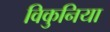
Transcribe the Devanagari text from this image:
विकुनिया